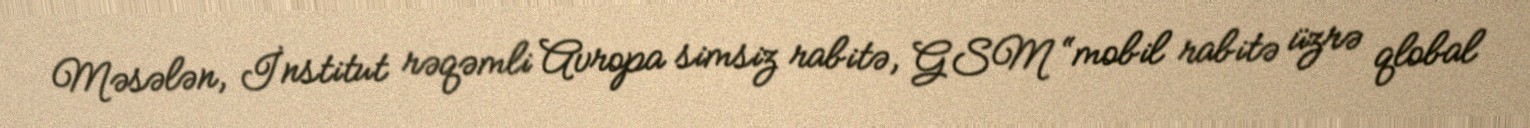
Məsələn, İnstitut rəqəmli Avropa simsiz rabitə, GSM “mobil rabitə üzrə qlobal